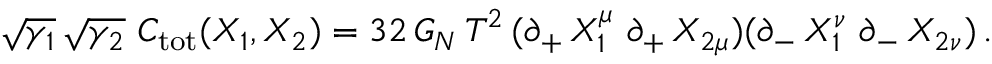
\sqrt { \gamma _ { 1 } } \, \sqrt { \gamma _ { 2 } } \ C _ { \mathrm { t o t } } ( X _ { 1 } , X _ { 2 } ) = 3 2 \, G _ { N } \, T ^ { 2 } \, ( \partial _ { + } \, X _ { 1 } ^ { \mu } \ \partial _ { + } \, X _ { 2 \mu } ) ( \partial _ { - } \, X _ { 1 } ^ { \nu } \ \partial _ { - } \, X _ { 2 \nu } ) \, .